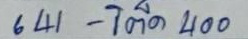
642 - โต๊ด 400